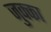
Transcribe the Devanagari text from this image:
जुक्का